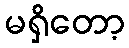
မရှိတော့